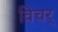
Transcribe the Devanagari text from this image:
विचर्